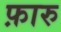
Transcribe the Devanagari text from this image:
फ़ारु